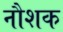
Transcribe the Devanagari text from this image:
नौशक